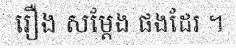
រឿង សម្តែង ផងដែរ ។